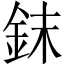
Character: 𰼤